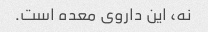
نه، این داروی معده است.